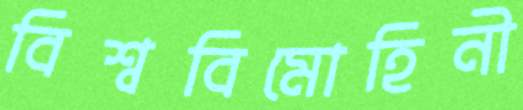
বিশ্ববিমোহিনী